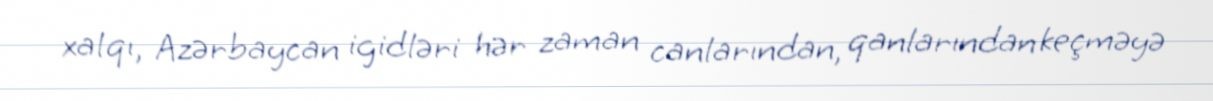
xalqı, Azərbaycan igidləri hər zaman canlarından, qanlarından keçməyə